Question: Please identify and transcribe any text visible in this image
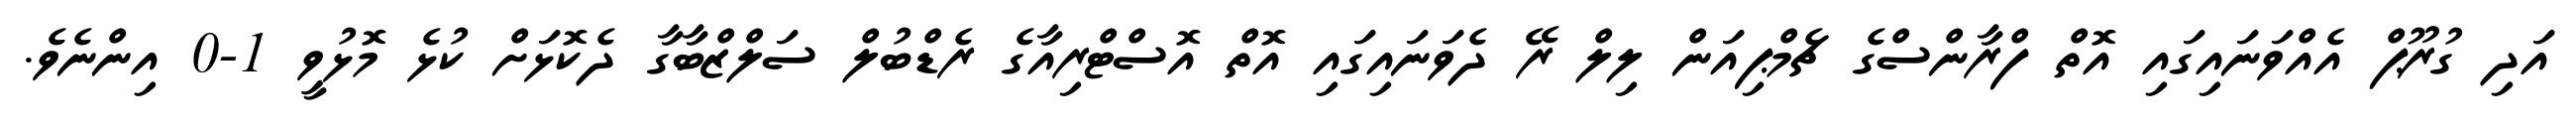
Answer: އަދި ގުރޫޕް އެއްވަނައިގައި އޮތް ފްރާންސްގެ ޗެމްޕިއަން ލިލް ރޭ ދެވަނައިގައި އޮތް އޮސްޓްރިއާގެ ރެޑްބުލް ސަލްޒްބާގާ ދެކޮޅަށް ކުޅެ މޮޅުވީ 1-0 އިންނެވެ.